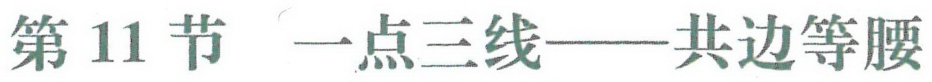
第11节 一点三线——共边等腰